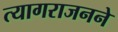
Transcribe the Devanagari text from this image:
त्यागराजनने